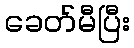
ခေတ်မီပြီး